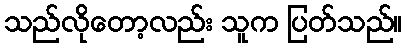
သည်လိုတော့လည်း သူက ပြတ်သည်။